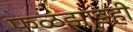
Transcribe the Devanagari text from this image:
फळझाडही